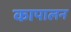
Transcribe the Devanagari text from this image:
कापालन